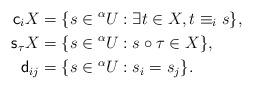
LaTeX: \begin{align*}{\sf c}_iX&=\{s\in {}^{\alpha}U: \exists t\in X, t\equiv _i s\},\\{\sf s}_{\tau}X&=\{s\in {}^{\alpha}U: s\circ \tau\in X\},\\{\sf d}_{ij}&=\{s\in {}^{\alpha}U: s_i=s_j\}.\end{align*}